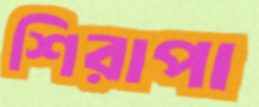
শিরাপা